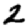
Digit: 2